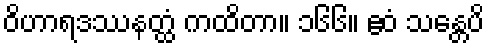
ဝိဟာရဒဿနတ္ထံ ကထိတာ။ ၁၆၆။ ဧဝံ သန္တေပိ